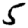
Digit: 5